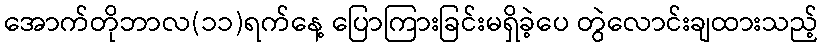
အောက်တိုဘာလ(၁၁)ရက်နေ့ ပြောကြားခြင်းမရှိခဲ့ပေ တွဲလောင်းချထားသည့်